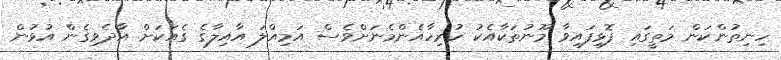
ހިނިތުންކަން މަތީގައި ފޮޅިފައިވާ މޫނުތަކާއެކު ހުރިހާއެންމެނަށްވެސް އަމިއްލަ އާއިލާގެ ގެއަކަށް އާދެވިގެން އުޅުން